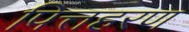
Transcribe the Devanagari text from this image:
पित्तहरण